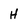
Character: H